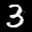
Label: 3